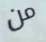
من